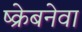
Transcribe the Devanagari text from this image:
ष्क्रेबनेवा